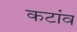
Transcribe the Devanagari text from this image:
कटांव